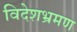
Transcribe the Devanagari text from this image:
विदेशभ्रमण